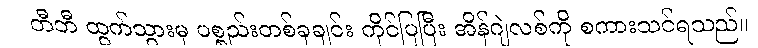
တီဘီ ထွက်သွားမှ ပစ္စည်းတစ်ခုချင်း ကိုင်ပြပြီး အိန်ဂျဲလစ်ကို စကားသင်ရသည်။